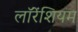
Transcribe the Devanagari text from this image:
लॉरेंशियम